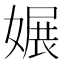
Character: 㜊